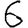
Digit: 6